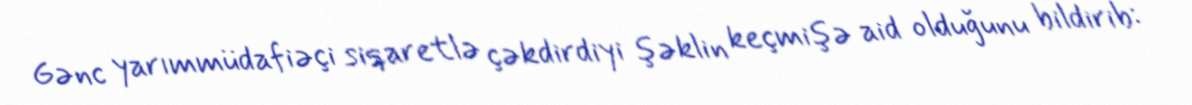
Gənc yarımmüdafiəçi siqaretlə çəkdirdiyi şəklin keçmişə aid olduğunu bildirib: